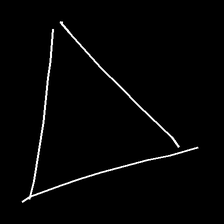
Glyph: convergence